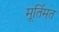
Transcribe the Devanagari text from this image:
मूर्तिमत